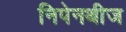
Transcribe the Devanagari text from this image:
निपेनथीज